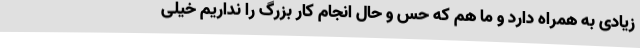
زیادی به همراه دارد و ما هم که حس و حال انجام کار بزرگ را نداریم خیلی